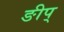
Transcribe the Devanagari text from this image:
ङीप्